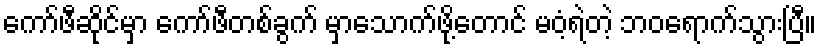
ကော်ဖီဆိုင်မှာ ကော်ဖီတစ်ခွက် မှာသောက်ဖို့တောင် မဝံ့ရဲတဲ့ ဘဝရောက်သွားပြီ။